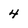
Character: 4